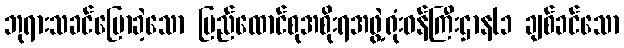
ဘုရားသခင်ပြောခဲ့သော ပြည်ထောင်စုအစိုးရအဖွဲ့ရုံးဝန်ကြီးဌာန(၁ ချစ်ခင်သော